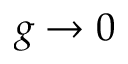
g \rightarrow 0